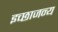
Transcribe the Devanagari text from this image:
इच्छाजन्य